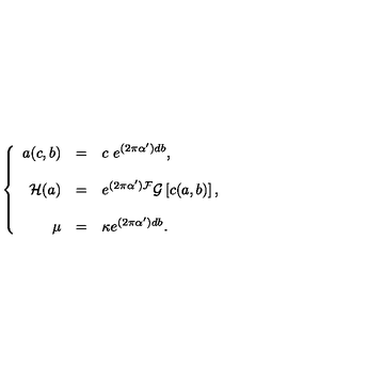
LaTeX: \left\{ \begin{array} { r c l } { a ( c , b ) } & { = } & { c \ e ^ { ( 2 \pi \alpha ^ { \prime } ) d b } , } \\ { } & { } & { } \\ { { \cal H } ( a ) } & { = } & { e ^ { ( 2 \pi \alpha ^ { \prime } ) { \cal F } } { \cal G } \left[ c ( a , b ) \right] , } \\ { } & { } & { } \\ { \mu } & { = } & { \kappa e ^ { ( 2 \pi \alpha ^ { \prime } ) d b } . } \\ \end{array} \right.